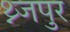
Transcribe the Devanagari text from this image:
थ्न्जपुर